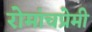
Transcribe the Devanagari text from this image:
रोमांचप्रेमी